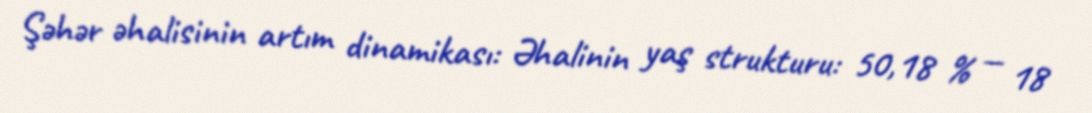
Şəhər əhalisinin artım dinamikası: Əhalinin yaş strukturu: 50,18 % — 18